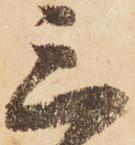
三